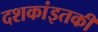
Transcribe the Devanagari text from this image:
दशकांइतकी